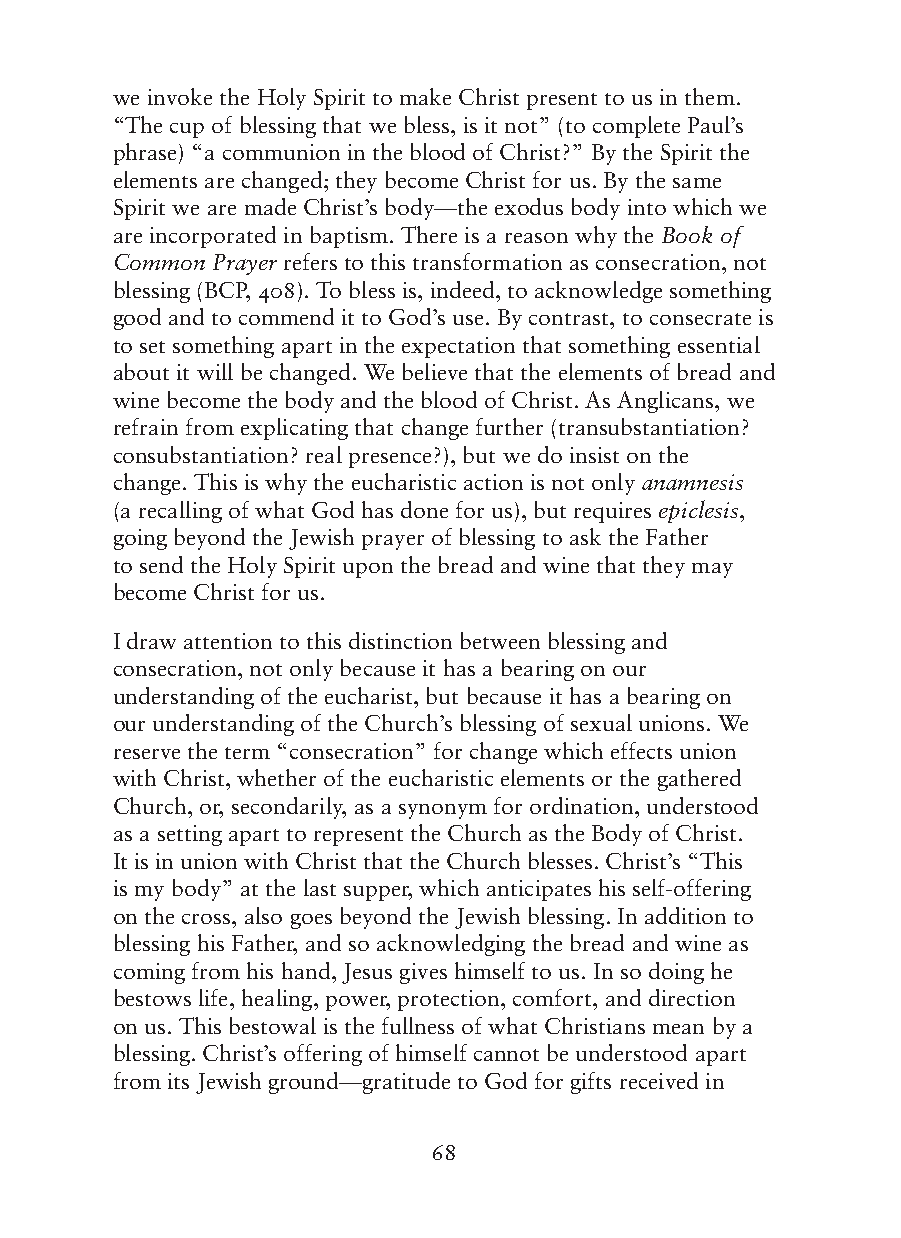
we invoke the Holy Spirit to make Christ present to us in them.
 “The cup of blessing that we bless, is it not” (to complete Paul’s
 phrase) “a communion in the blood of Christ?” By the Spirit the
 elements are changed; they become Christ for us. By the same
 Spirit we are made Christ’s body—the exodus body into which we
 are incorporated in baptism. There is a reason why the Book of
 Common Prayer refers to this transformation as consecration, not
 blessing (BCP, 408). To bless is, indeed, to acknowledge something
 good and to commend it to God’s use. By contrast, to consecrate is
 to set something apart in the expectation that something essential
 about it will be changed. We believe that the elements of bread and
 wine become the body and the blood of Christ. As Anglicans, we
 refrain from explicating that change further (transubstantiation?
 consubstantiation? real presence?), but we do insist on the
 change. This is why the eucharistic action is not only anamnesis
 (a recalling of what God has done for us), but requires epiclesis,
 going beyond the Jewish prayer of blessing to ask the Father
 to send the Holy Spirit upon the bread and wine that they may
 become Christ for us.
 I draw attention to this distinction between blessing and
 consecration, not only because it has a bearing on our
 understanding of the eucharist, but because it has a bearing on
 our understanding of the Church’s blessing of sexual unions. We
 reserve the term “consecration” for change which effects union
 with Christ, whether of the eucharistic elements or the gathered
 Church, or, secondarily, as a synonym for ordination, understood
 as a setting apart to represent the Church as the Body of Christ.
 It is in union with Christ that the Church blesses. Christ’s “This
 is my body” at the last supper, which anticipates his self-offering
 on the cross, also goes beyond the Jewish blessing. In addition to
 blessing his Father, and so acknowledging the bread and wine as
 coming from his hand, Jesus gives himself to us. In so doing he
 bestows life, healing, power, protection, comfort, and direction
 on us. This bestowal is the fullness of what Christians mean by a
 blessing. Christ’s offering of himself cannot be understood apart
 from its Jewish ground—gratitude to God for gifts received in
 68